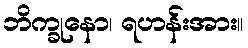
ဘိက္ခုနော၊ ရဟန်းအား။